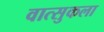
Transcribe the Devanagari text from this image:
वात्सुकला